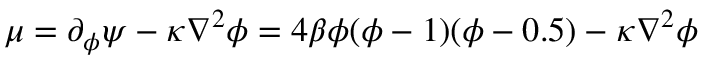
\mu = \partial _ { \phi } \psi - \kappa \nabla ^ { 2 } \phi = 4 \beta \phi ( \phi - 1 ) ( \phi - 0 . 5 ) - \kappa \nabla ^ { 2 } \phi